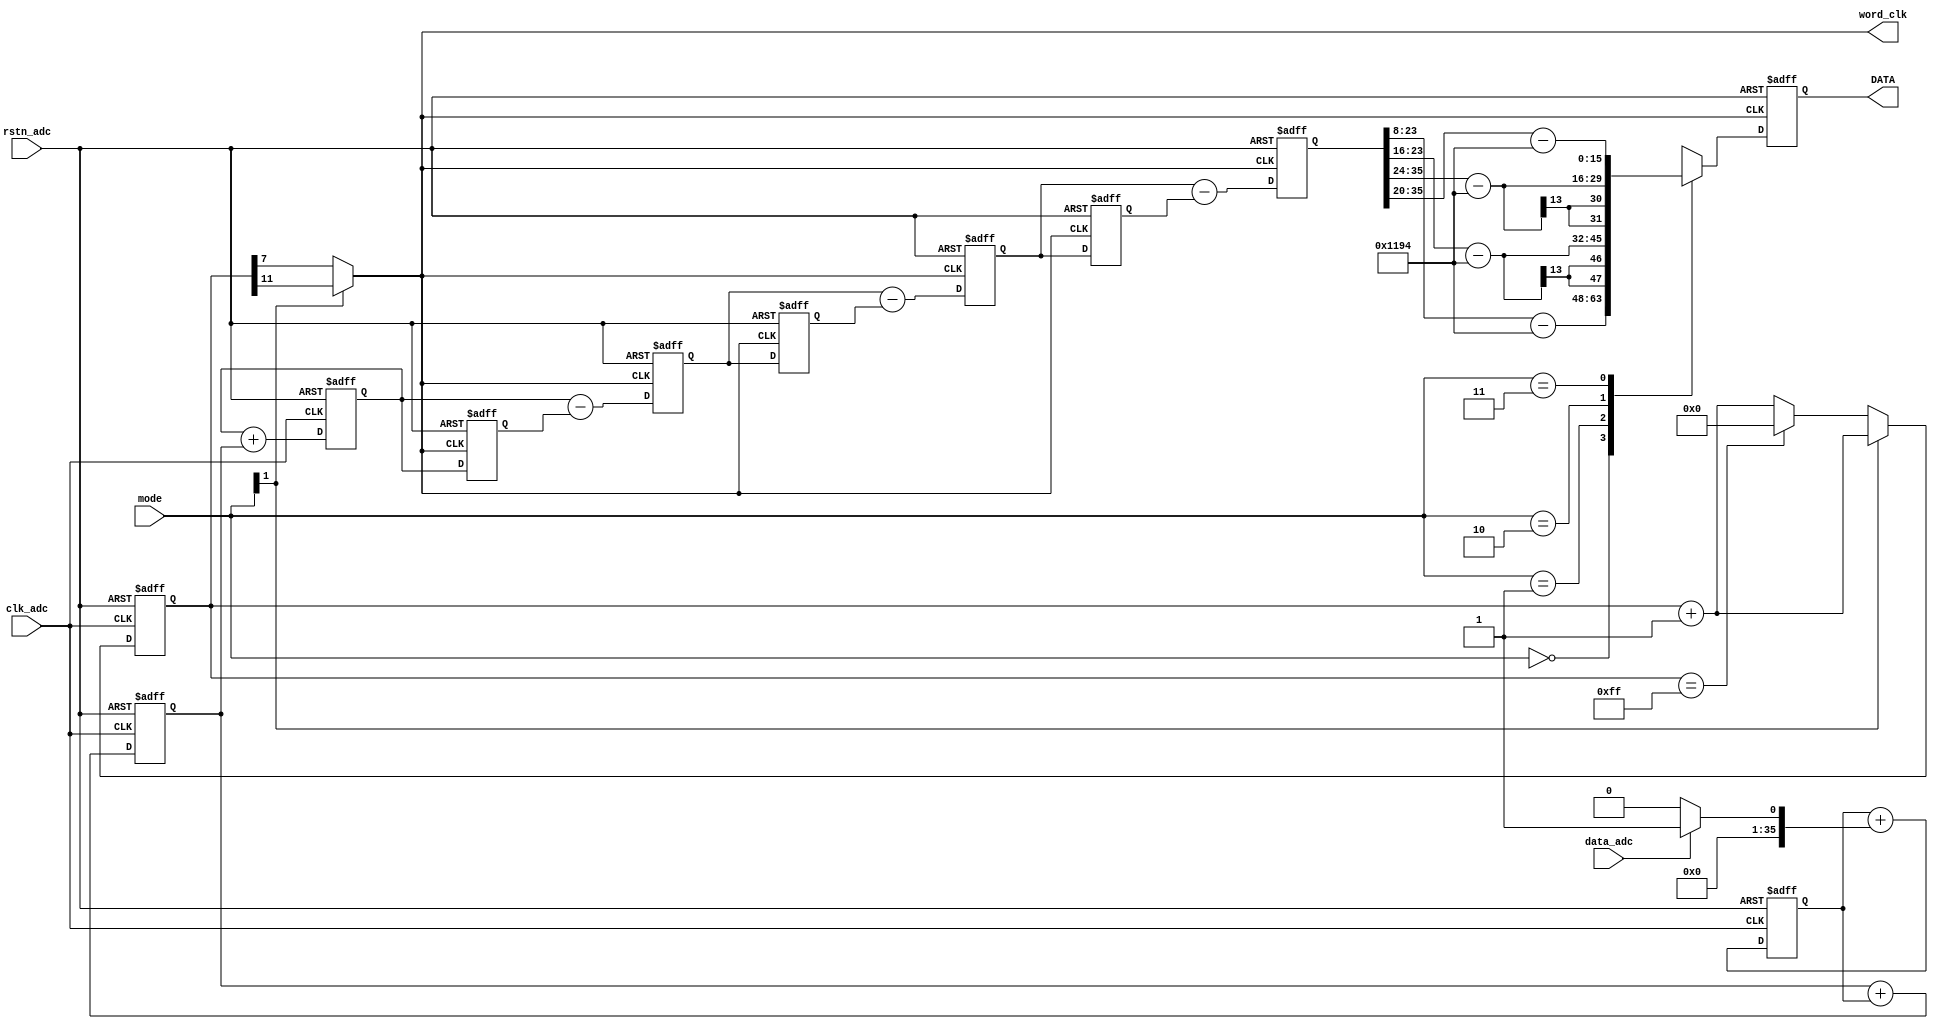
module sinc3(data_adc, clk_adc, rstn_adc, DATA ,word_clk,mode);  
input clk_adc;  
input rstn_adc;  
input data_adc;  
input [1:0]mode;    
output [15:0] DATA;  
output word_clk;    
integer location;   
integer info_file;    
reg [35:0]   ip_data1;   
reg [35:0]   acc1;   
reg [35:0]   acc2;   
reg [35:0]   acc3;   
reg [35:0]   acc3_d1;   
reg [35:0]   acc3_d2;   
reg [35:0]   diff1;   
reg [35:0]   diff2;   
reg [35:0]   diff3;   
reg [35:0]   diff1_d;   
reg [35:0]   diff2_d;   
reg [15:0]   DATA;   
reg [11:0]   word_count;    
reg word_clk;   reg init;    

/*Perform the Sinc ACTION*/   
always @ (data_adc)   
if(data_adc ==0) 
  ip_data1 <= 0;  /* change from a 0 to a -1 for 2's comp */  
else
  ip_data1 <= 1;    

/*ACCUMULATOR (INTEGRATOR) Perform the accumulation (IIR) at the speed of the
 * modulator.    Z = one sample delay    MCLKOUT = modulators conversion bit
 * rate*/  
always @ (posedge clk_adc or negedge rstn_adc)   
if (!rstn_adc)   begin    
  /*initialize acc registers on reset*/    
  acc1 <= 0;    
  acc2 <= 0;    
  acc3 <= 0;    
end   
else   begin    
  /*perform accumulation process*/    
  acc1 <= acc1 + ip_data1;    
  acc2 <= acc2 + acc1;    
  acc3 <= acc3 + acc2;   
end      /*DECIMATION STAGE (MCLKOUT/ WORD_CLK)*/  

always @ (negedge clk_adc or negedge rstn_adc)   
if (!rstn_adc)    
  word_count <= 0;  
else if(mode[1] == 0)   begin    
  if(word_count == 255)    
    word_count <= 0;    
  else    
    word_count <= word_count + 1'b1;   
end  
else    
  word_count <= word_count + 1'b1;    

always @ (*)   
if(mode[1] == 1)    
  word_clk <= word_count[11];  
else
  word_clk <= word_count[7];    

 /*DIFFERENTIATOR ( including decimation   stage)   Perform the
 * differentiation stage (FIR) at a   lower speed.   Z = one sample delay
 * WORD_CLK = output word rate*/   

always @ (posedge word_clk or negedge rstn_adc)   
if(!rstn_adc)   begin    
  acc3_d2 <= 0;    
  diff1_d <= 0;    
  diff2_d <= 0;    
  diff1 <= 0;    
  diff2 <= 0;    
  diff3 <= 0;    
end   
else   begin    
  diff1 <= acc3 - acc3_d2;    
  diff2 <= diff1 - diff1_d;    
  diff3 <= diff2 - diff2_d;    
  acc3_d2 <= acc3;    
  diff1_d <= diff1;    
  diff2_d <= diff2;   
end    

/* Clock the Sinc output into an output register WORD_CLK = output word rate
 * */  
always @ (posedge word_clk or negedge rstn_adc)   
if(!rstn_adc)    
  DATA <= 0;  
else    
  case(mode)    
    2'b00:DATA <= diff3[23:8]-4500;//mode4     
    2'b01:DATA <= {8'd0,diff3[23:16]}-4500;//mode2    
    2'b10:DATA <= {4'd0,diff3[35:24]}-4500;//mode1    
    2'b11:DATA <= diff3[35:20]-4500;//mode3   
  endcase    
endmodule